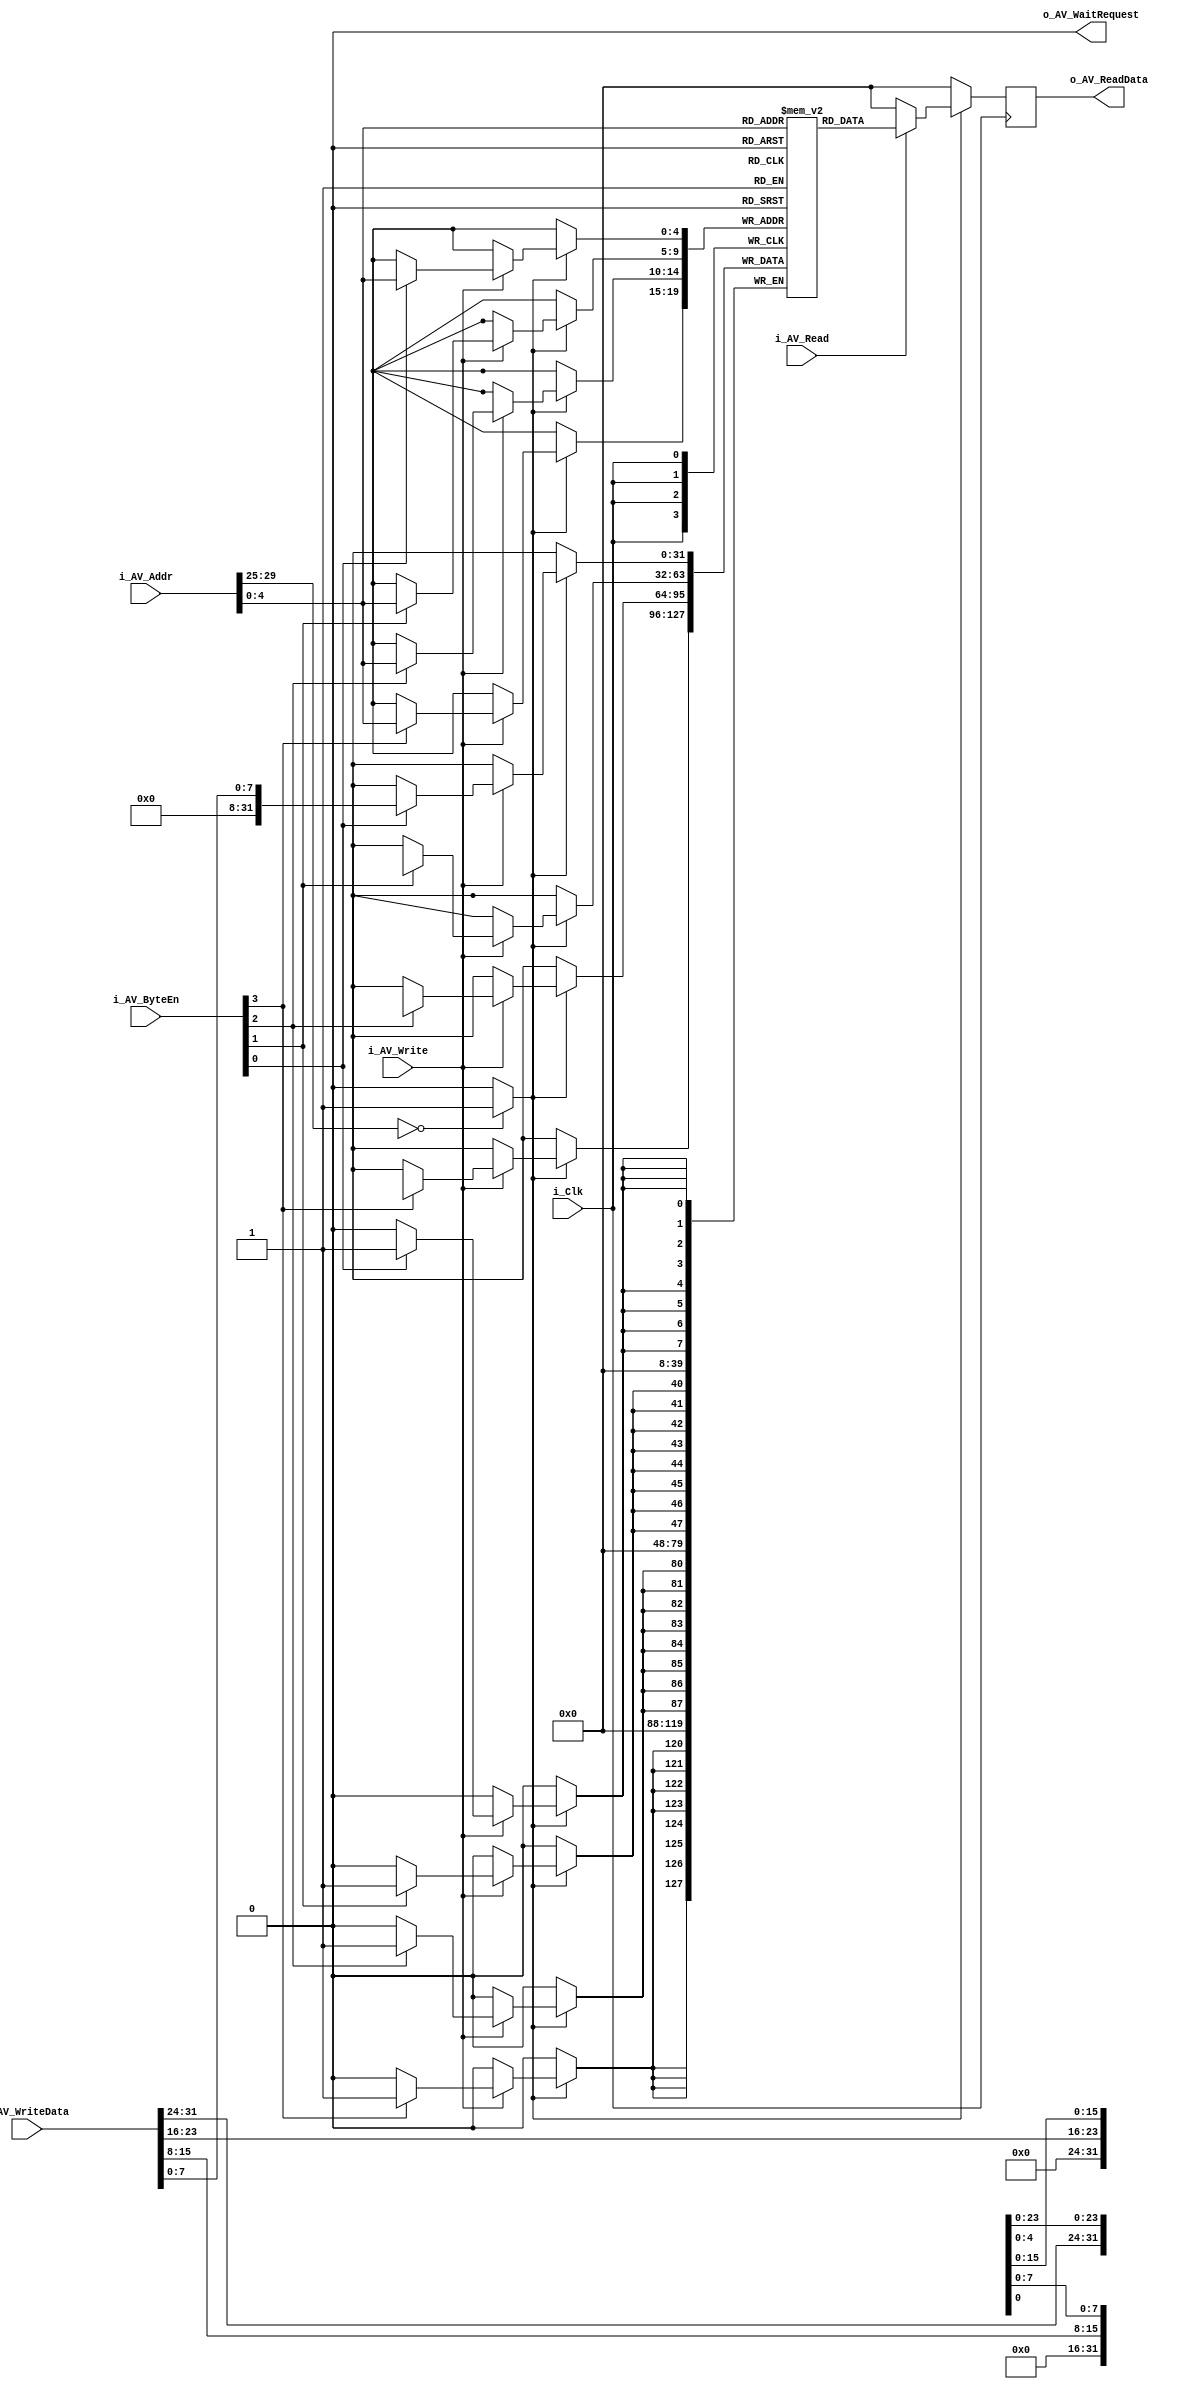
`timescale 1ns / 1ps

module RAM #(
    parameter NUM_PERIPH_SEL_BITS = 5,
    parameter PERIPH_SEL_VAL = 0,
    parameter DEPTH = 32
    )(
    input i_Clk,

    //Avalon RW slave
    input [29:0]i_AV_Addr,
    input [3:0]i_AV_ByteEn,
    input i_AV_Read,
    input i_AV_Write,
    output reg [31:0]o_AV_ReadData,
    input [31:0]i_AV_WriteData,
    output reg o_AV_WaitRequest
    );

    initial begin
        o_AV_ReadData <= 0;
        o_AV_WaitRequest <= 0;
    end

    //DBUS Signals
    assign w_SlaveSel = (i_AV_Addr[29:30-NUM_PERIPH_SEL_BITS] == PERIPH_SEL_VAL)? 1 : 0;
	wire [29-NUM_PERIPH_SEL_BITS:0]w_RegAddr = i_AV_Addr[29-NUM_PERIPH_SEL_BITS:0];

    //The Ram block
    reg [31:0]Ram[DEPTH - 1:0];

    integer i;
    initial begin
        for(i = 0; i < DEPTH; i = i + 1)begin
            Ram[i] = 0;
        end
    end

    always @(posedge i_Clk) begin
        o_AV_ReadData <= 0;
        o_AV_WaitRequest <= 0;

        if(w_SlaveSel)begin
            if(i_AV_Write)begin
                if(i_AV_ByteEn[0]) Ram[w_RegAddr][7:0]   <= i_AV_WriteData[7:0];
                if(i_AV_ByteEn[1]) Ram[w_RegAddr][15:8]  <= i_AV_WriteData[15:8];
                if(i_AV_ByteEn[2]) Ram[w_RegAddr][23:16] <= i_AV_WriteData[23:16];
                if(i_AV_ByteEn[3]) Ram[w_RegAddr][31:24] <= i_AV_WriteData[31:24];
            end

            if(i_AV_Read)begin
                o_AV_ReadData <= Ram[w_RegAddr[$clog2(DEPTH)-1:0]]; 
            end
        end 
    end

endmodule